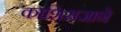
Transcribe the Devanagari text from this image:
काशिराजाने